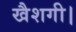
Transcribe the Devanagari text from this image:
खैशगी।